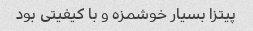
پیتزا بسیار خوشمزه و با کیفیتی بود